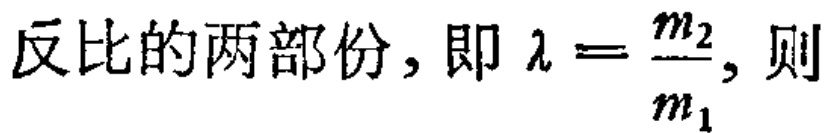
反比的两部份，即 $\lambda = \frac{m_{2}}{m_{1}}$，则